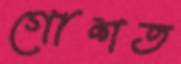
গোশত